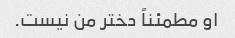
او مطمئناً دختر من نیست.